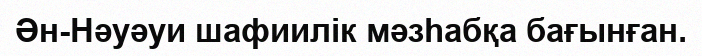
Ән-Нәуәуи шафиилік мәзһабқа бағынған.